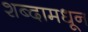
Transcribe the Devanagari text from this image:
शब्दामधून